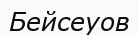
Бейсеуов